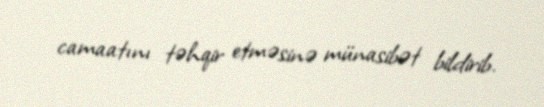
camaatını təhqir etməsinə münasibət bildirib.